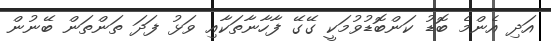
އަދި އެންމެ ބޮޑު ކަންބޮޑުވުމަކީ ގޭގޭ ފާހާނާތަކާއި ވަޅު ފަދަ ތަންތަން ބޭނުން